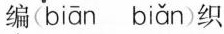
编( biān biǎn )织